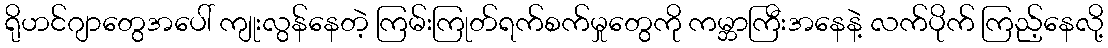
ရိုဟင်ဂျာတွေအပေါ် ကျုးလွန်နေတဲ့ ကြမ်းကြုတ်ရက်စက်မှုတွေကို ကမ္ဘာကြီးအနေနဲ့ လက်ပိုက် ကြည့်နေလို့